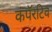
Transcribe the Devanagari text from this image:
कंपॅरटिव